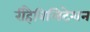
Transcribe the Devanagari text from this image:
रीहैबिलिटेशन